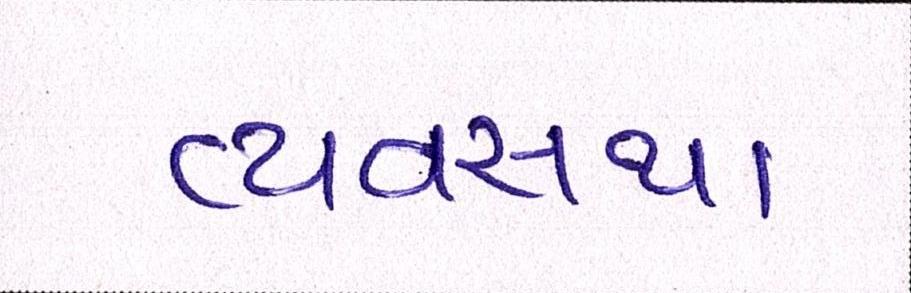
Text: વ્યવ્સથા